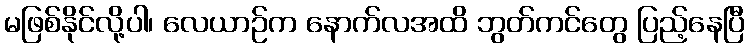
မဖြစ်နိုင်လို့ပါ၊ လေယာဉ်က နောက်လအထိ ဘွတ်ကင်တွေ ပြည့်နေပြီ